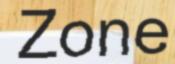
Zone